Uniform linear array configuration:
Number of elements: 12
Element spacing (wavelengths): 0.75
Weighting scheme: binomial
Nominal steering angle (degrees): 30
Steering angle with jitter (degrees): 30.579
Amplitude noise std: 0.05
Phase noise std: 0.05

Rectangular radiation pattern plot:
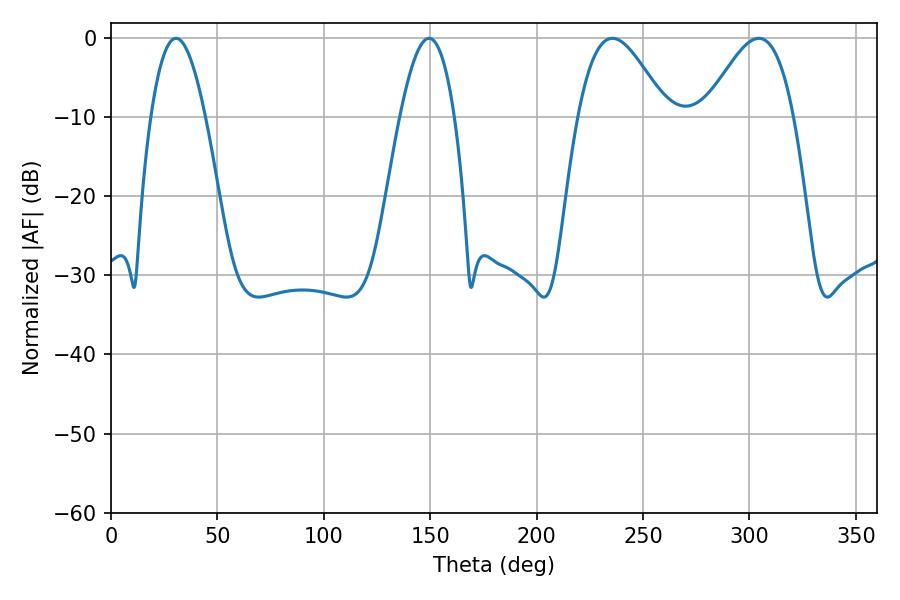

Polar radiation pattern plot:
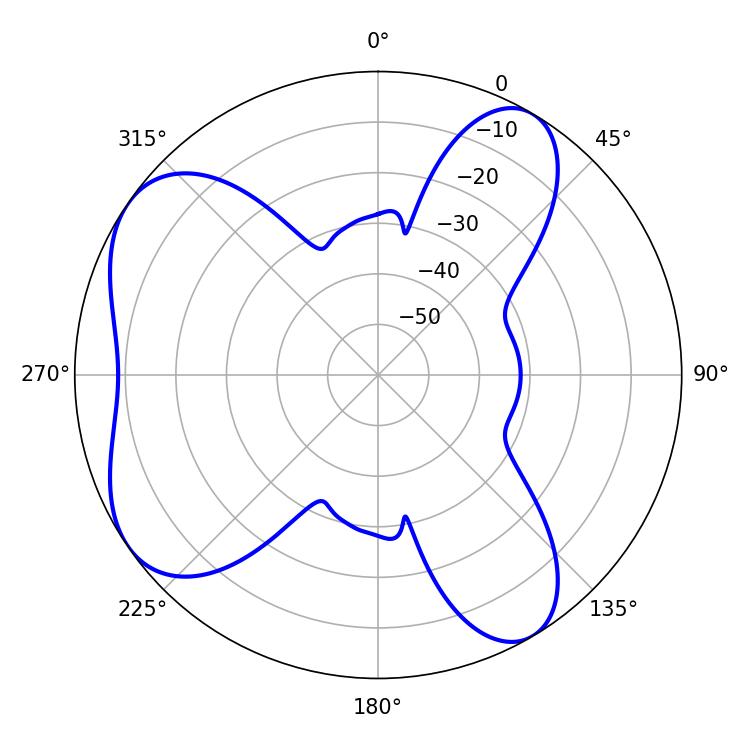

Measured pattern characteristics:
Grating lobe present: TRUE
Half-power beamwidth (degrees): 22.32
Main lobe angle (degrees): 235.62